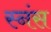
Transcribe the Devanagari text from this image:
स्नंस